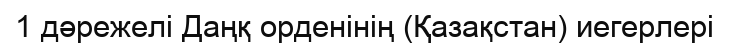
1 дәрежелі Даңқ орденінің (Қазақстан) иегерлері